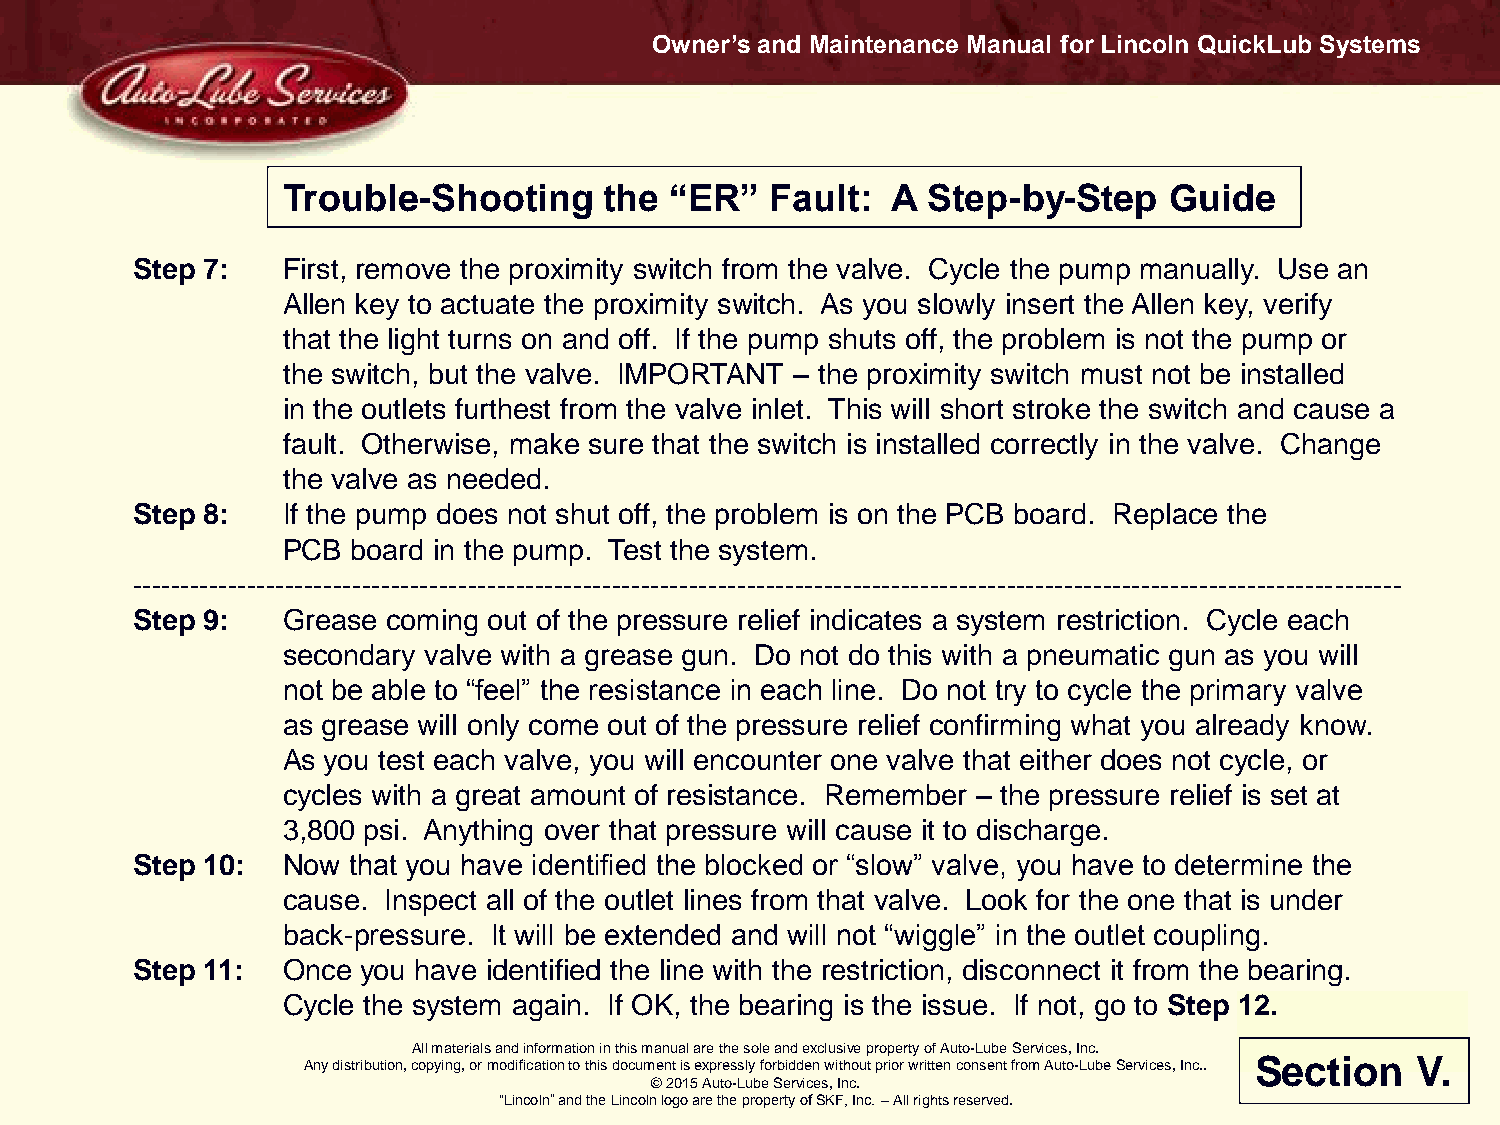
Owner’s and Maintenance Manual for Lincoln QuickLub Systems
 Trouble-Shooting     the “ER”   Fault:  A Step-by-Step    Guide
 Step 7:   First, remove the proximity switch from the valve. Cycle the pump manually. Use an
 Allen key to actuate the proximity switch. As you slowly insert the Allen key, verify
 that the light turns on and off. If the pump shuts off, the problem is not the pump or
 the switch, but the valve. IMPORTANT – the proximity switch must not be installed
 in the outlets furthest from the valve inlet. This will short stroke the switch and cause a
 fault. Otherwise, make sure that the switch is installed correctly in the valve. Change
 the valve as needed.
 Step 8:   If the pump does not shut off, the problem is on the PCB board. Replace the
 PCB board in the pump. Test the system.
 ------------------------------------------------------------------------------------------------------------------------------------
 Step 9:   Grease coming out of the pressure relief indicates a system restriction. Cycle each
 secondary valve with a grease gun. Do not do this with a pneumatic gun as you will
 not be able to “feel” the resistance in each line. Do not try to cycle the primary valve
 as grease will only come out of the pressure relief confirming what you already know.
 As you test each valve, you will encounter one valve that either does not cycle, or
 cycles with a great amount of resistance. Remember – the pressure relief is set at
 3,800 psi. Anything over that pressure will cause it to discharge.
 Step 10:  Now that you have identified the blocked or “slow” valve, you have to determine the
 cause. Inspect all of the outlet lines from that valve. Look for the one that is under
 back-pressure. It will be extended and will not “wiggle” in the outlet coupling.
 Step 11:  Once you have identified the line with the restriction, disconnect it from the bearing.
 Cycle the system again. If OK, the bearing is the issue. If not, go to Step 12.
 All materials and information in this manual are the sole and exclusive property of Auto-Lube Services, Inc.
 Any distribution, copying, or modification to this document is expressly forbidden without prior written consent from Auto-Lube Services, Inc.. Section V.
 © 2015 Auto-Lube Services, Inc.
 “Lincoln” and the Lincoln logo are the property of SKF, Inc. – All rights reserved.